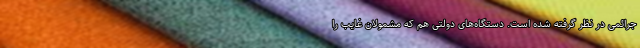
جرائمی در نظر گرفته شده است. دستگاه‌های دولتی هم که مشمولان غایب را